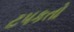
ટપકતો